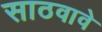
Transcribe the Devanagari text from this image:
साठवावे